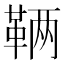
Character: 𬰥